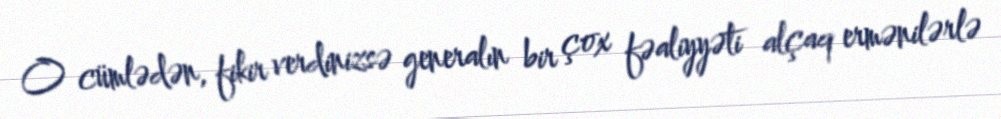
O cümlədən, fikir verdinizsə generalın bir çox fəaliyyəti alçaq ermənilərlə